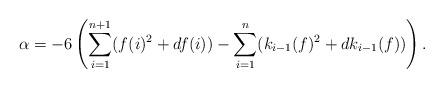
LaTeX: \begin{align*} \alpha = -6\left(\sum_{i=1}^{n+1}(f(i)^2+df(i)) - \sum_{i=1}^{n}(k_{i-1}(f)^2+dk_{i-1}(f))\right). \end{align*}